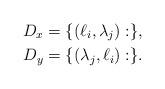
LaTeX: \begin{align*} D_x & = \{(\ell_i, \lambda_j): \},\\ D_y & = \{(\lambda_j, \ell_i): \}. \end{align*}